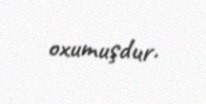
oxumuşdur.